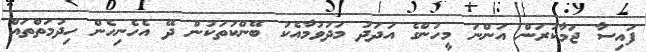
ފައިސާ ޖަމާކުރަން އަންނަ މީހުންގެ އަދަދު މަދުވުމާއެކު ބޭންކުތަކުން ދޭ އެހެނިހެން ހިދުމަތްތައް